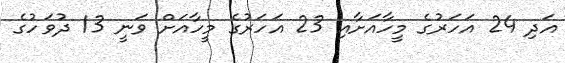
އަދި 24 އަހަރުގެ މީހާއަށާއި 23 އަހަރުގެ މީހާއަށް ވަނީ 13 ދުވަހުގެ